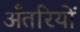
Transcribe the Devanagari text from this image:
अँतरियों